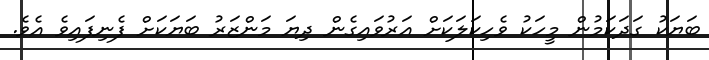
ބަޔަކު ގަދަކަމުން މީހަކު ވެހިކަލަކަށް އަރުވައިގެން ދިޔަ މަންޒަރު ބަޔަކަށް ފެނިފައިވެ އެވެ.